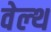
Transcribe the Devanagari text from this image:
वेल्‍थ